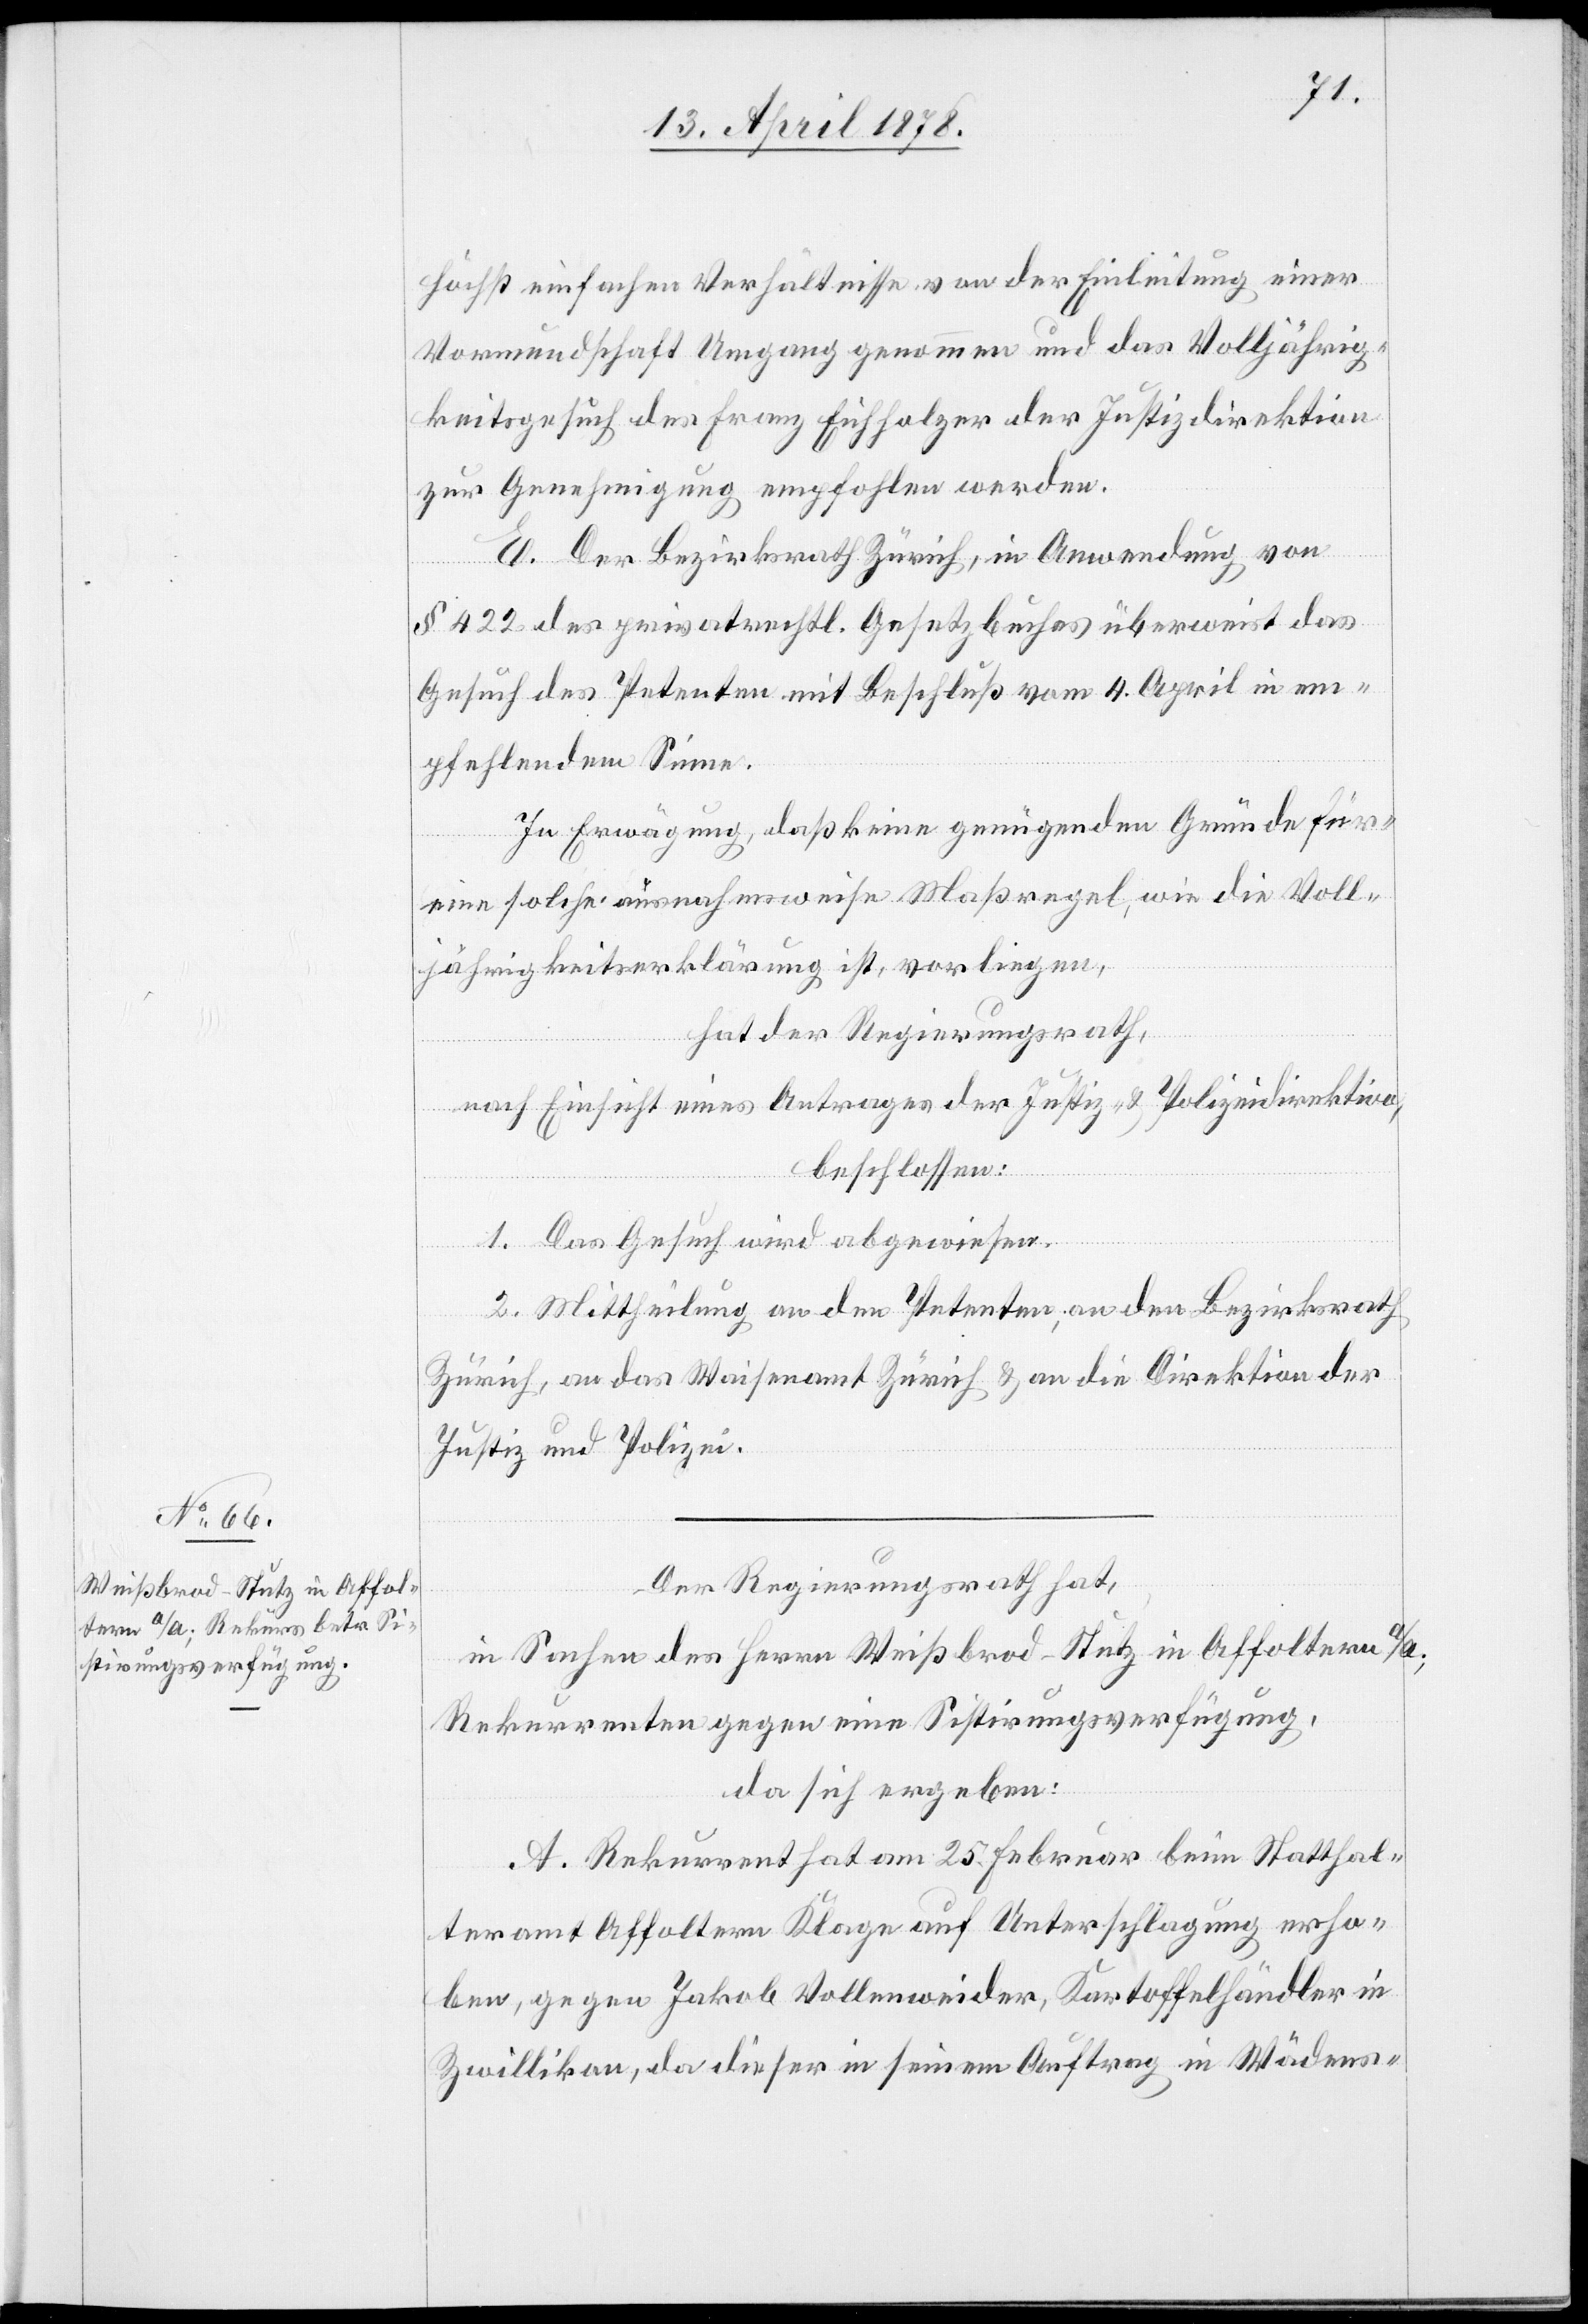
höchst einfachen Verhältnisse von der Einleitung einer
Vormundschaft Umgang genommen und das Volljährig¬
keitsgesuch des Franz Eichholzer der Justizdirektion
zur Genehmigung empfohlen werden.
E. Der Bezirksrath Zürich, in Anwendung von
§ 422 des privatrechtl. Gesetzbuches überweist das
Gesuch des Petenten mit Beschluß vom 4. April in em¬
pfehlenden Sinne.
In Erwägung, daß keine genügenden Gründe für
eine solche ausnahmsweise Maßregel, wie die Voll¬
jährigerklärung ist, vorliegen,
hat der Regierungsrath,
nach Einsicht eines Antrages der Justiz- & Polizeidirektion,
beschlossen:
1. Das Gesuch wird abgewiesen.
2. Mittheilung an den Petenten, an den Bezirksrath
Zürich, an das Waisenamt Zürich & an die Direktion der
Justiz und Polizei.
Der Regierungsrath hat,
in Sachen des Herrn Weißbrod-Stutz in Affoltern a/A;
Rekurrenten gegen eine Sistirungsverfügung,
da sich ergeben:
A. Rekurrent hat am 25. Februar beim Statthal¬
teramt Affoltern Klage auf Unterschlagung erho¬
ben, gegen Jakob Vollenweider, Kartoffelhändler in
Zwillikon, da dieser in seinem Auftrag in Wädens-